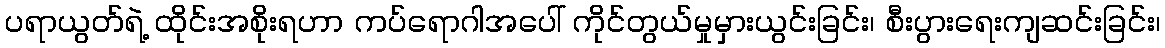
ပရာယွတ်ရဲ့ ထိုင်းအစိုးရဟာ ကပ်ရောဂါအပေါ် ကိုင်တွယ်မှုမှားယွင်းခြင်း၊ စီးပွားရေးကျဆင်းခြင်း၊